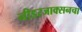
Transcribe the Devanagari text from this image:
नीडरजाक्सनचा